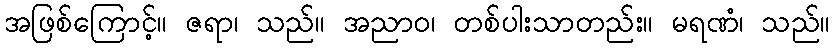
အဖြစ်ကြောင့်။ ဇရာ၊ သည်။ အညာဝ၊ တစ်ပါးသာတည်း။ မရဏံ၊ သည်။